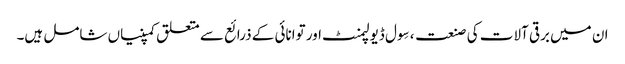
ان میں برقی آلات کی صنعت ، سِول ڈیولپمنٹ اور توانائی کے ذرائع سے متعلق کمپنیاں شامل ہیں۔